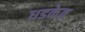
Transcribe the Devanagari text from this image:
धडकेत